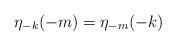
LaTeX: \begin{align*}\eta_{-k}(-m)=\eta_{-m}(-k) \end{align*}